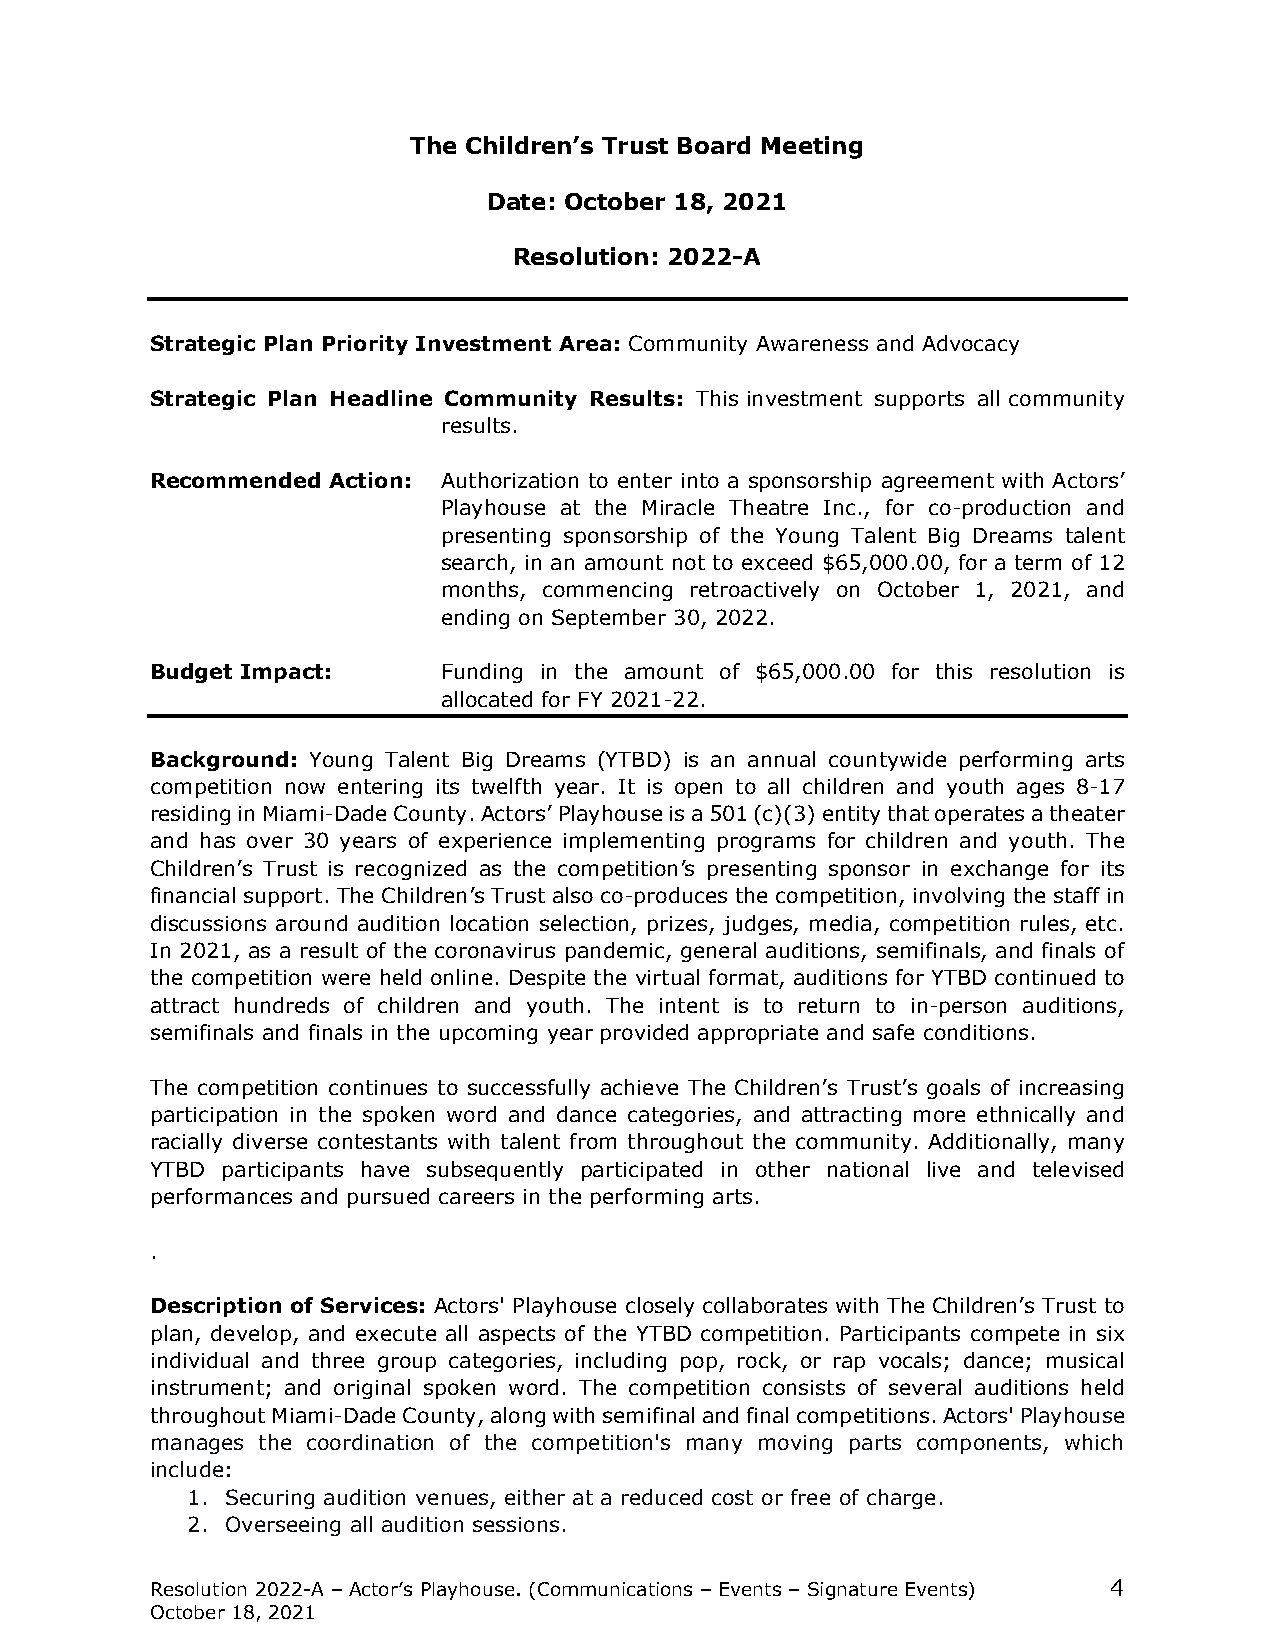
The Children’s Trust Board Meeting
 Date: October 18, 2021
 Resolution: 2022-A
 Strategic Plan Priority Investment Area: Community Awareness and Advocacy
 Strategic Plan Headline Community Results: This investment supports all community
 results.
 Recommended Action: Authorization to enter into a sponsorship agreement with Actors’
 Playhouse at the Miracle Theatre Inc., for co-production and
 presenting sponsorship of the Young Talent Big Dreams talent
 search, in an amount not to exceed $65,000.00, for a term of 12
 months, commencing retroactively on October 1, 2021, and
 ending on September 30, 2022.
 Budget Impact:     Funding in the amount of $65,000.00 for this resolution is
 allocated for FY 2021-22.
 Background: Young Talent Big Dreams (YTBD) is an annual countywide performing arts
 competition now entering its twelfth year. It is open to all children and youth ages 8-17
 residing in Miami-Dade County. Actors’ Playhouse is a 501 (c)(3) entity that operates a theater
 and has over 30 years of experience implementing programs for children and youth. The
 Children’s Trust is recognized as the competition’s presenting sponsor in exchange for its
 financial support. The Children’s Trust also co-produces the competition, involving the staff in
 discussions around audition location selection, prizes, judges, media, competition rules, etc.
 In 2021, as a result of the coronavirus pandemic, general auditions, semifinals, and finals of
 the competition were held online. Despite the virtual format, auditions for YTBD continued to
 attract hundreds of children and youth. The intent is to return to in-person auditions,
 semifinals and finals in the upcoming year provided appropriate and safe conditions.
 The competition continues to successfully achieve The Children’s Trust’s goals of increasing
 participation in the spoken word and dance categories, and attracting more ethnically and
 racially diverse contestants with talent from throughout the community. Additionally, many
 YTBD participants have subsequently participated in other national live and televised
 performances and pursued careers in the performing arts.
 .
 Description of Services: Actors' Playhouse closely collaborates with The Children’s Trust to
 plan, develop, and execute all aspects of the YTBD competition. Participants compete in six
 individual and three group categories, including pop, rock, or rap vocals; dance; musical
 instrument; and original spoken word. The competition consists of several auditions held
 throughout Miami-Dade County, along with semifinal and final competitions. Actors' Playhouse
 manages the coordination of the competition's many moving parts components, which
 include:
 1. Securing audition venues, either at a reduced cost or free of charge.
 2. Overseeing all audition sessions.
 Resolution 2022-A – Actor’s Playhouse. (Communications – Events – Signature Events) 4
 October 18, 2021